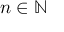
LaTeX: \textstyle n \in \mathbb { N }